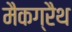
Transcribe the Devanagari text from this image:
मैकग्रैथ